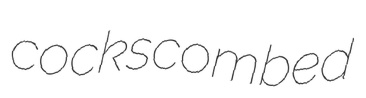
cockscombed